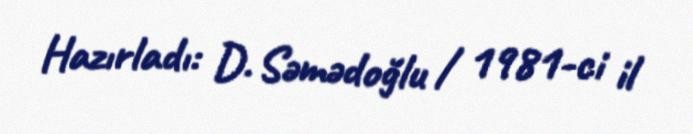
Hazırladı: D. Səmədoğlu / 1981-ci il